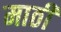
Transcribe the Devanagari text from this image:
माठी